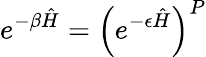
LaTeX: e^{-\beta\hat{H}}=\left(e^{-\epsilon\hat{H}}\right)^{P}